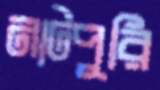
নাটপুরি